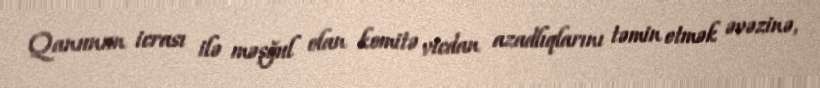
Qanunun icrası ilə məşğul olan komitə vicdan azadlıqlarını təmin etmək əvəzinə,